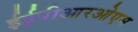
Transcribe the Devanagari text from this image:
ईईपीआरओएम